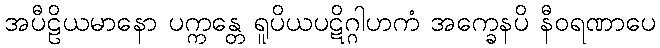
အပီဠိယမာနော ပက္ကန္တေ ရူပိယပဋိဂ္ဂါဟကံ အက္ခေနပိ နီဝရဏာပေ